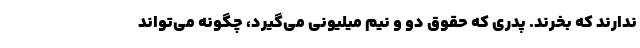
ندارند که بخرند. پدری که حقوق دو و نیم میلیونی می‌گیرد، چگونه می‌تواند